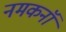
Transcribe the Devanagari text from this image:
नमकनॉ